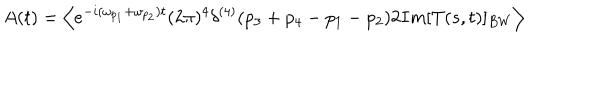
LaTeX: A ( t ) = \left\langle { e ^ { - i ( \omega _ { p _ { 1 } } + \omega _ { p _ { 2 } } ) t } ( 2 \pi ) ^ { 4 } \delta ^ { ( 4 ) } ( p _ { 3 } + p _ { 4 } - p _ { 1 } - p _ { 2 } ) 2 I m [ T ( s , t ) ] _ { B W } } \right\rangle